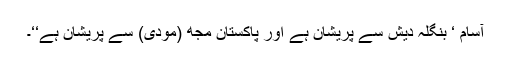
آسام ‘ بنگلہ دیش سے پریشان ہے اور پاکستان مجھ (مودی) سے پریشان ہے‘‘۔